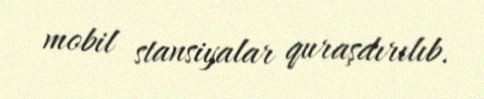
mobil stansiyalar quraşdırılıb.